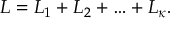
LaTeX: { \cal L } = { \cal L } _ { 1 } + { \cal L } _ { 2 } + \ldots + { \cal L } _ { \kappa } .